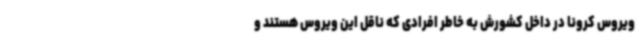
ویروس کرونا در داخل کشورش به خاطر افرادی که ناقل این ویروس هستند و